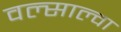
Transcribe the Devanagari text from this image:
वल्साल्वा